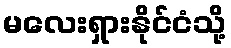
မလေးရှားနိုင်ငံသို့